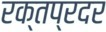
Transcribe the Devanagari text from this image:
रक्तप्रदर